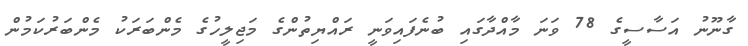
ގާނޫނު އަސާސީގެ 78 ވަނަ މާއްދާގައި ބުނެފައިވަނީ ރައްޔިތުންގެ މަޖިލީހުގެ މެންބަރަކު މެންބަރުކަމުން